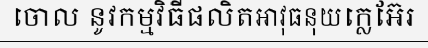
ចោល នូវកម្មវិធីផលិតអាវុធនុយក្លេអ៊ែរ